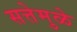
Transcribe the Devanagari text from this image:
सत्तेमुळे